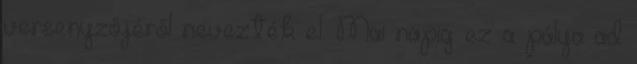
versenyzőjéről nevezték el. Mai napig ez a pálya ad